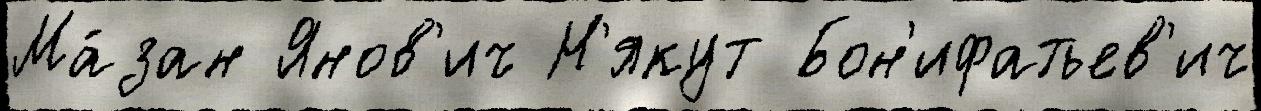
Ма́зан Янов'ич Н'якут Бон'ифатьев'ич